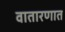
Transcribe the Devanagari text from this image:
वातारणात